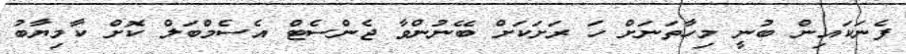
ފެނަކައިން ބުނީ މިހާތަނަށް ހަ ރަށަކަށް ބޭނުންވާ ޖެެންސެޓް އެސެމްބަލް ކޮށް ކާމިޔާބު